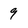
Character: 9